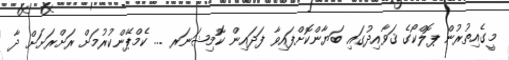
މީގެއިތުރުން ޕޮލްކޯގެ ޤަވާއިދުގައި ބަޔާންކޮށްފައިވާ ފަދައިން ކޮމިޝަނަރ ... ކެމްޕޭންކުރުމަށް ރަށްރަށަށް ދާ